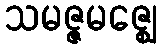
သမဇ္ဇမဇ္ဈေ